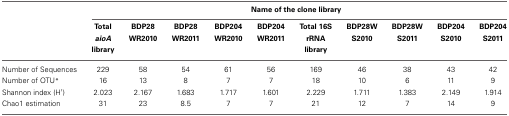
<table><thead><tr><td><b> </b></td><td colspan="10"><b>Name of the clone library</b></td></tr><tr><td><b> </b></td><td><b>Total <i>aioA</i> library</b></td><td><b>BDP28 WR2010</b></td><td><b>BDP28 WR2011</b></td><td><b>BDP204 WR2010</b></td><td><b>BDP204 WR2011</b></td><td><b>Total 16S rRNA library</b></td><td><b>BDP28W S2010</b></td><td><b>BDP28W S2011</b></td><td><b>BDP204 S2010</b></td><td><b>BDP204 S2011</b></td></tr></thead><tbody><tr><td>Number of Sequences</td><td>229</td><td>58</td><td>54</td><td>61</td><td>56</td><td>169</td><td>46</td><td>38</td><td>43</td><td>42</td></tr><tr><td>Number of OTU<sup>*</sup></td><td>16</td><td>13</td><td>8</td><td>7</td><td>7</td><td>18</td><td>10</td><td>6</td><td>11</td><td>9</td></tr><tr><td>Shannon index (H′)</td><td>2.023</td><td>2.167</td><td>1.683</td><td>1.717</td><td>1.601</td><td>2.229</td><td>1.711</td><td>1.383</td><td>2.149</td><td>1.914</td></tr><tr><td>Chao1 estimation</td><td>31</td><td>23</td><td>8.5</td><td>7</td><td>7</td><td>21</td><td>12</td><td>7</td><td>14</td><td>9</td></tr></tbody></table>